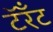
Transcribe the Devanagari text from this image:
टॅरँट